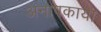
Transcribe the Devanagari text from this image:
अनापकाया